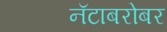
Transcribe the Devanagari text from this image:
नॅटाबरोबर